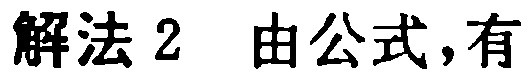
解法 2 由公式,有